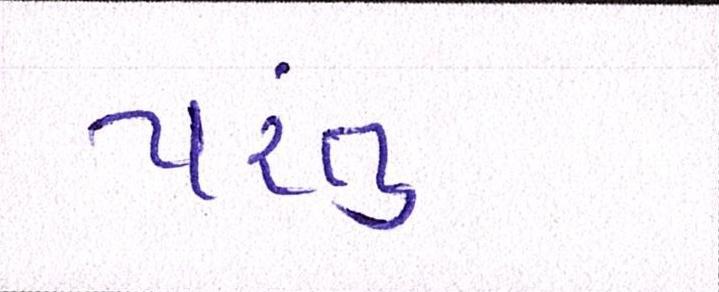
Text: પંરતુ